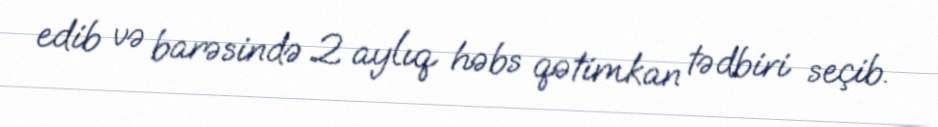
edib və barəsində 2 aylıq həbs qətimkan tədbiri seçib.